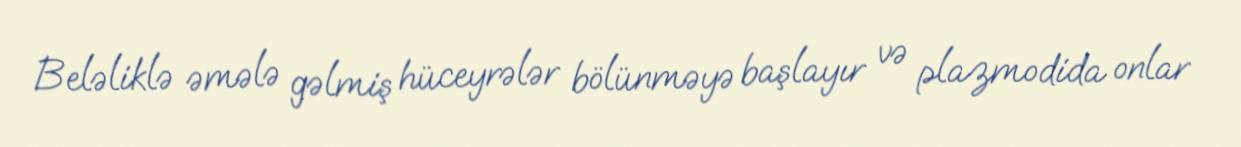
Beləliklə əmələ gəlmiş hüceyrələr bölünməyə başlayır və plazmodida onlar